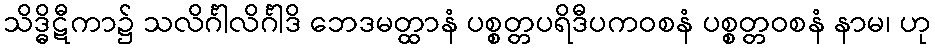
သိဒ္ဓိဋီကာ၌ သလိင်္ဂါလိင်္ဂါဒိ ဘေဒမတ္ထာနံ ပစ္စတ္တပရိဒီပကဝစနံ ပစ္စတ္တဝစနံ နာမ၊ ဟု